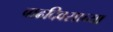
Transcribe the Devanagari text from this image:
बाढदिवसाच्या